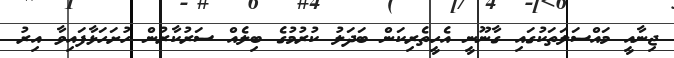
ޖިނާއީ މައްސަލަތަކުގައި ގާނޫނީ އެހީތެރިކަން ބަދަލު ކުރުމުގެ ބިލެއް ސަރުކާރުން ހުށަހަޅާފައިވާ އިރު